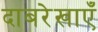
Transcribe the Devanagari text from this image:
दाबरेखाएँ